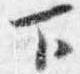
下